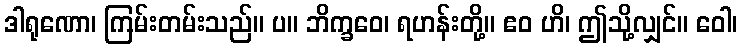
ဒါရုဏော၊ ကြမ်းတမ်းသည်။ ပ။ ဘိက္ခဝေ၊ ရဟန်းတို့။ ဧဝ ဟိ၊ ဤသို့လျှင်။ ဝေါ၊